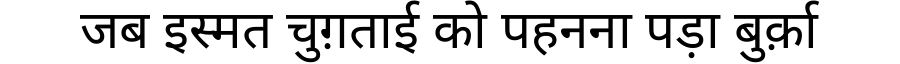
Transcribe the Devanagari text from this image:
जब इस्मत चुग़ताई को पहनना पड़ा बुर्क़ा